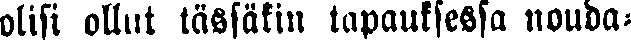
olisi ollut tässäkin tapauksessa nouda-